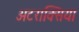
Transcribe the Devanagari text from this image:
अटराक्सिया